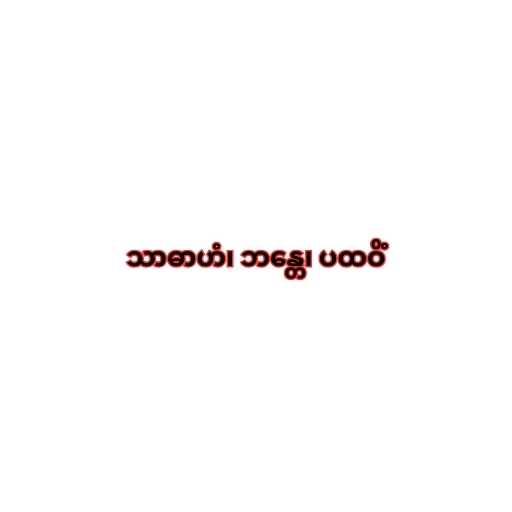
သာဓာဟံ၊ ဘန္တေ၊ ပထဝိံ